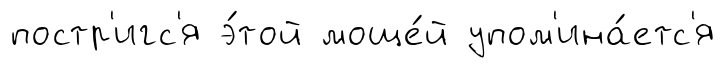
постр'игс'я э́той моще́й упом'ина́етс'я